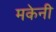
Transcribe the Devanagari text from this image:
मकेनी